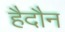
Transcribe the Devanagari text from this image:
हैदौन